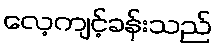
လေ့ကျင့်ခန်းသည်